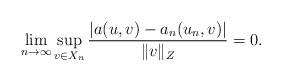
LaTeX: \begin{align*}\lim_{n \to \infty} \sup_{v \in X_n}\frac{|a(u, v) - a_n(u_n, v)|}{\| v \|_Z} = 0.\end{align*}